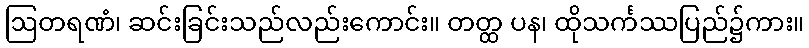
ဩတရဏံ၊ ဆင်းခြင်းသည်လည်းကောင်း။ တတ္ထ ပန၊ ထိုသင်္ကဿပြည်၌ကား။